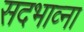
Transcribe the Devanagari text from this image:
सदभाव्ना